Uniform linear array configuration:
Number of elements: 16
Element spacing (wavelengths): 0.25
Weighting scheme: hann
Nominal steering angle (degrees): -15
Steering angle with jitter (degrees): -14.436
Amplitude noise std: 0.05
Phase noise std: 0.05

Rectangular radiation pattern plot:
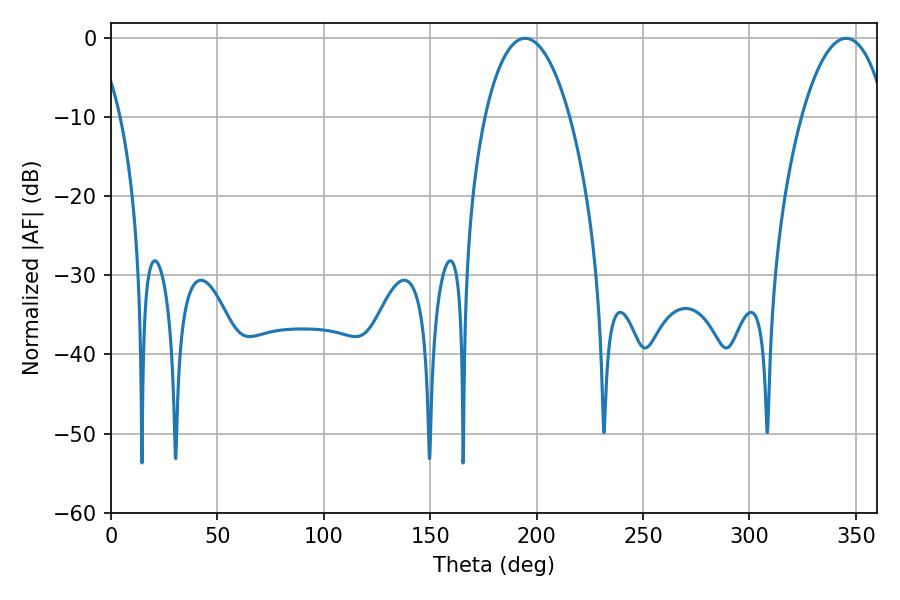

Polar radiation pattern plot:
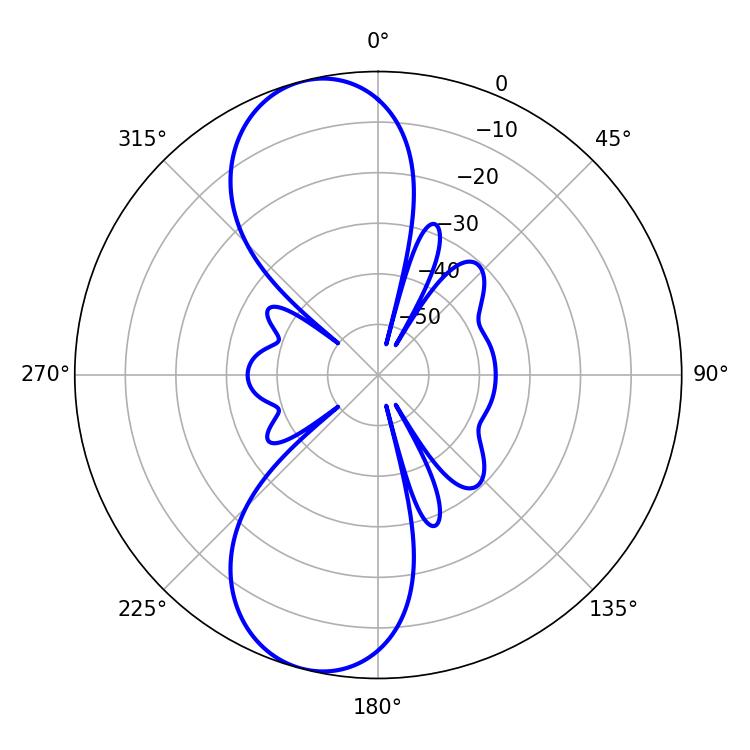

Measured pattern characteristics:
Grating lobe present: FALSE
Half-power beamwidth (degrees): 22.32
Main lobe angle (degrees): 194.58